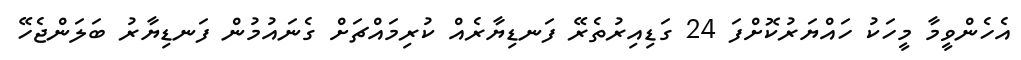
އެހެންވީމާ މީހަކު ހައްޔަރުކޮށްފަ 24 ގަޑިއިރުތެރޭ ފަނޑިޔާރެއް ކުރިމައްޗަށް ގެނައުމުން ފަނޑިޔާރު ބަލަންޖެހޭ